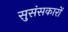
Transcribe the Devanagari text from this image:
सुसंसकारों